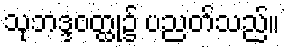
သုဘဒ္ဒဝတ္ထု၌ ပညတ်သည်။